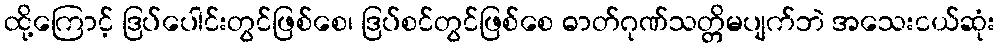
ထို့ကြောင့် ဒြပ်ပေါင်းတွင်ဖြစ်စေ၊ ဒြပ်စင်တွင်ဖြစ်စေ ဓာတ်ဂုဏ်သတ္တိမပျက်ဘဲ အသေးငယ်ဆုံး